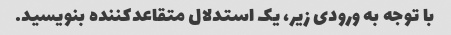
با توجه به ورودی زیر، یک استدلال متقاعدکننده بنویسید.